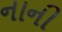
નાની